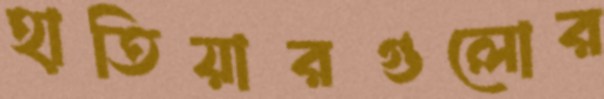
হাতিয়ারগুলোর